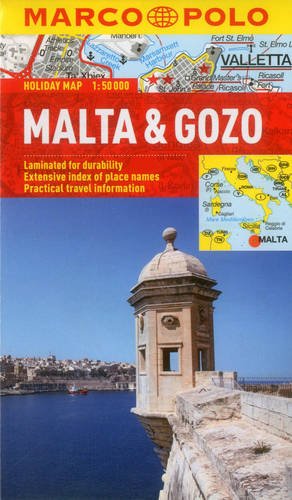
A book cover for Malta & Gozo Marco Polo Holiday Map (Marco Polo Maps); Marco Polo Travel; Travel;